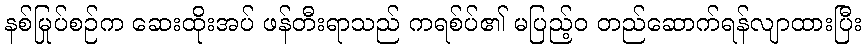
နစ်မြုပ်စဉ်က ဆေးထိုးအပ် ဖန်တီးရာသည် ကရစ်ပ်၏ မပြည့်ဝ တည်ဆောက်ရန်လျာထားပြီး